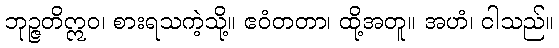
ဘုဉ္ဇတိဣဝ၊ စားရသကဲ့သို့။ ဧဝံတတာ၊ ထို့အတူ။ အဟံ၊ ငါသည်။